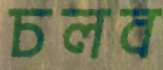
চলব